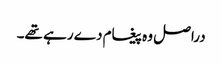
دراصل وہ پیغام دے رہے تھے۔